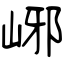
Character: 峫